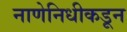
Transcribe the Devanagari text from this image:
नाणेनिधीकडून